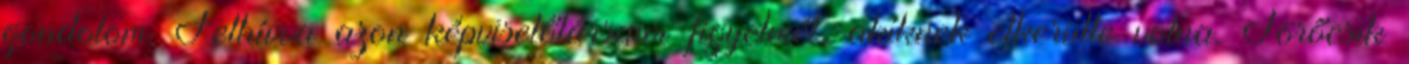
gondolom. Felhívva azon képviselőtársaim figyelmét, akiknek elkerülte volna. Törőcsik